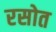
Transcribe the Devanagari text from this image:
रसोत